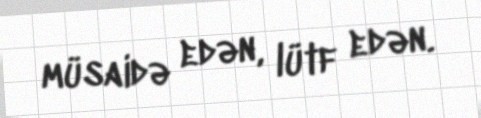
müsaidə edən, lütf edən.